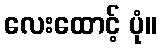
လေးထောင့် ပုံ။